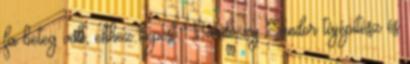
fa beteg volt, ehhez képest Bardóczy Sándor tájépítész és